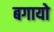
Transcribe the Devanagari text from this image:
बगायो